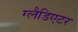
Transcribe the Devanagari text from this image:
ग्‍लैडिएटर